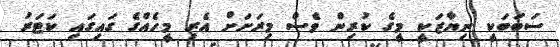
ސަބަބަކީ ނިޔާޒަކީ މީގެ ކުރިން ވެސް މިރަށަށް އެރި މީހެއްގެ ގައިގައި ކަޓަރު